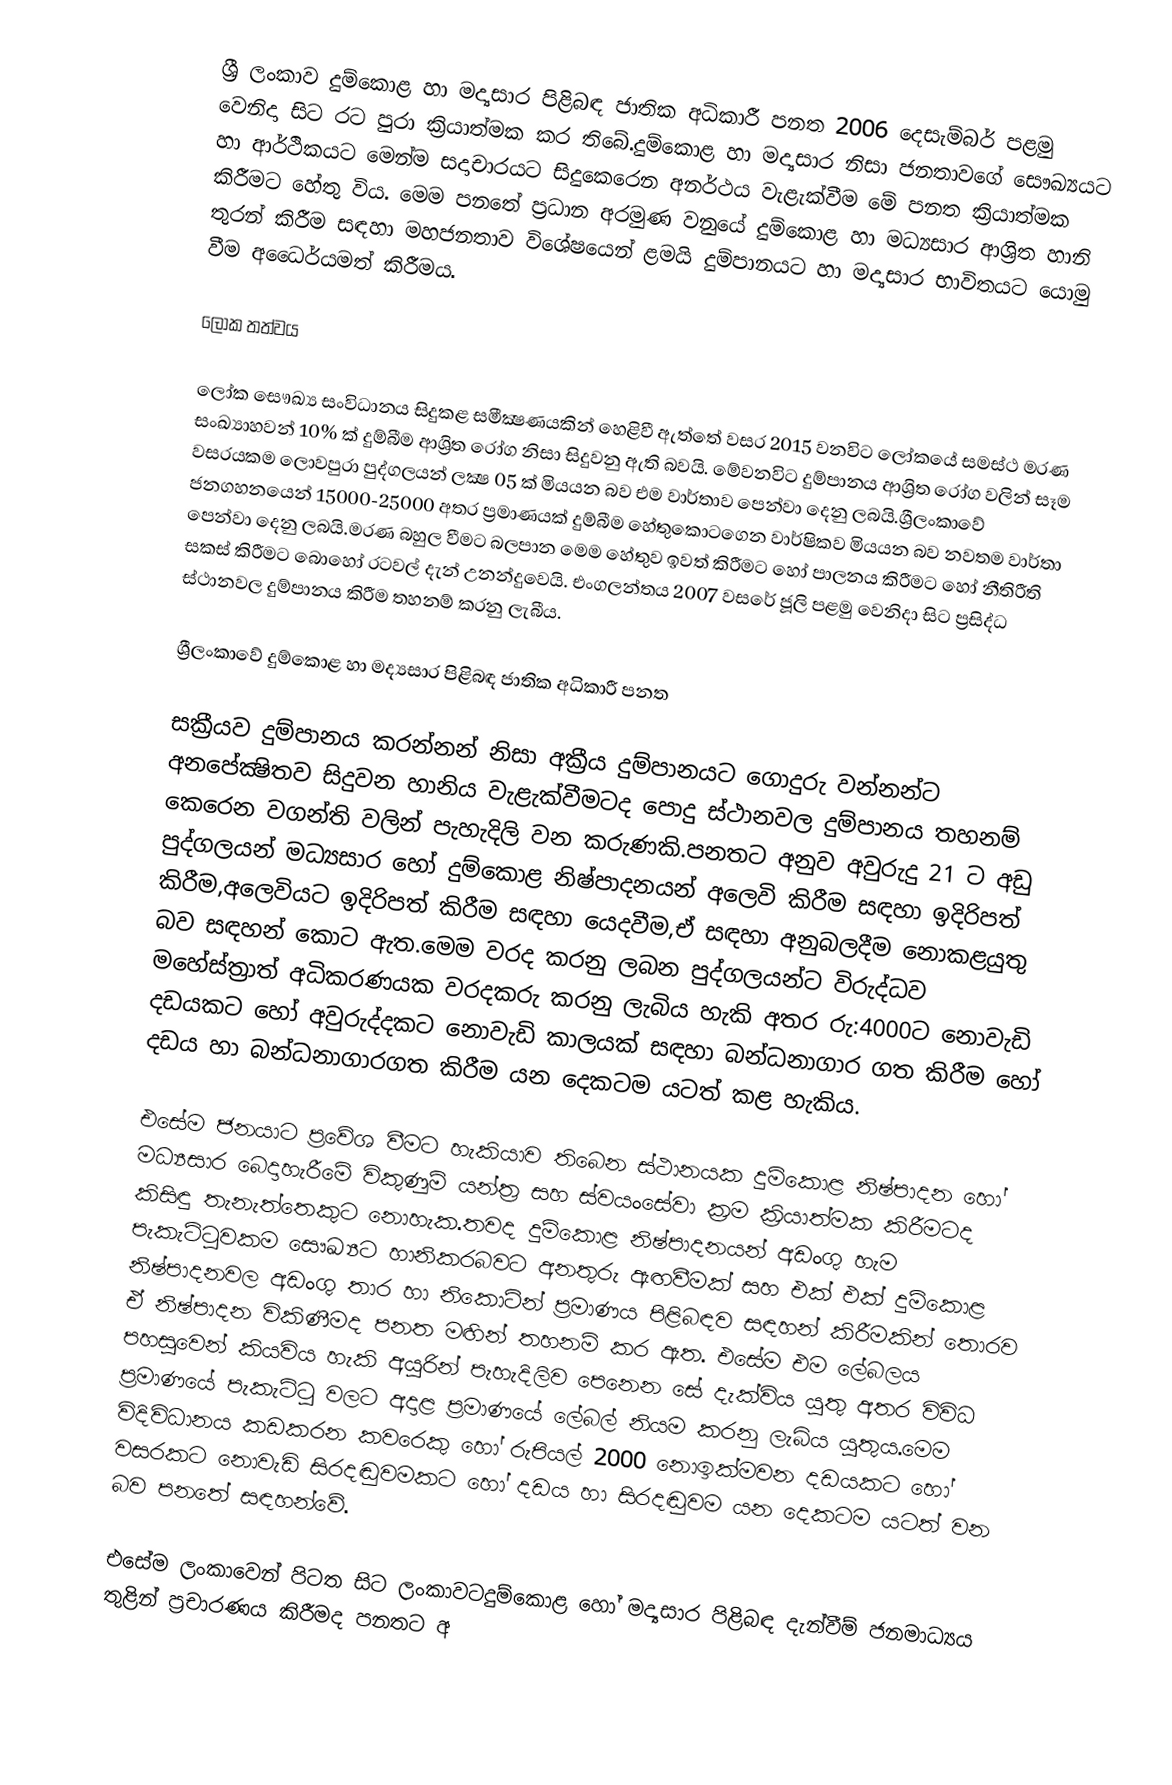
ශ්‍රී ලංකාව දුම්කොළ හා මද්‍යසාර පිළිබඳ ජාතික අධිකාරී පනත 2006 දෙසැම්බර් පළමු වෙනිදා සිට රට පුරා ක්‍රියාත්මක කර තිබේ.දුම්කොළ හා මද්‍යසාර නිසා ජනතාවගේ සෞඛ්‍යයට හා ආර්ථිකයට මෙන්ම සදාචාරයට සිදුකෙරෙන අනර්ථය වැළැක්වීම මේ පනත ක්‍රියාත්මක කිරීම‍ට හේතු විය. මෙම පනතේ ප්‍රධාන අරමුණ වනුයේ දුම්කොළ හා මධ්‍යසාර ආශ්‍රිත හානි තුරන් කිරීම සඳහා මහජනතාව විශේෂයෙන් ළමයි දුම්පානයට හා මද්‍යසාර භාවිතයට යොමු වීම අධෛර්යමත් කිරීමය.

ලෝක තත්වය

ලෝක සෞඛ්‍ය සංවිධානය සිදුකළ සමීක්‍ෂණයකින් හෙළිවී  ඇත්තේ  වසර 2015  වනවිට ලෝකයේ සමස්ථ මරණ සංඛ්‍යාහවන් 10% ක් දුම්බීම ආශ්‍රිත රෝග නිසා සිදුවනු ඇති බවයි. මේවනවිට දුම්පානය ආශ්‍රිත රෝග වලින් සෑම වසරයකම ලොවපුරා පුද්ගලයන් ලක්‍ෂ 05 ක් මියයන බව එම වාර්තාව පෙන්වා දෙනු ලබයි.ශ්‍රීලංකාවේ ජනගහනයෙන් 15000-25000 අතර ප්‍රමාණයක් දුම්බීම හේතුකොටගෙන වාර්ෂිකව මියයන බව නවතම වාර්තා පෙන්වා දෙනු ලබයි.මරණ බහුල වීමට බලපාන මෙම හේතුව ඉවත් කිරීමට හෝ පාලනය කිරීමට හෝ නීතිරීති සකස් කිරීමට බොහෝ රටවල් දැන් උනන්දුවෙයි. එංගලන්තය 2007 වසරේ ජූලි පළමු වෙනිදා සිට ප්‍රසිද්ධ ස්ථානවල දුම්පානය කිරීම තහනම් කරනු ලැබීය.

ශ්‍රීලංකාවේ දුම්කොළ හා මද්‍යසාර පිළිබඳ ජාතික අධිකාරී පනත

සක්‍රීයව දුම්පානය කරන්නන් නිසා අක්‍රීය දුම්පානයට ගොදුරු වන්නන්‍ට අනපේක්‍ෂිතව සිදුවන හානිය වැළැක්වීමටද පොදු ස්ථානවල දුම්පානය තහනම් කෙරෙන වගන්ති වලින් පැහැදිලි වන කරුණකි.පනතට අනුව අවුරුදු 21 ට අඩු  පුද්ගලයන් මධ්‍යසාර හෝ දුම්කොළ නිෂ්පාදනයන් අලෙවි කිරීම සඳහා ඉදිරිපත් කිරීම,අලෙවියට ඉදිරිපත් කිරීම සඳහා යෙදවීම,ඒ සඳහා අනුබලදීම නොකළයුතු බව සඳහන් කොට ඇත.මෙම වරද කරනු ලබන පුද්ගලයන්ට විරුද්ධව මහේස්ත්‍රාත් අධිකරණයක වරදකරු කරනු ලැබිය හැකි අතර රු:4000ට නොවැඩි දඩයකට හෝ අවුරුද්දකට නොවැඩි කාලයක් සඳහා බන්ධනාගාර ගත කිරීම හෝ දඩය හා බන්ධනාගාරගත කිරීම යන දෙකටම යටත් කළ හැකිය.

එසේම ජනයාට ප්‍රවේශ වීමට හැකියාව තිබෙන ස්ථානයක දුම්කොළ නිෂ්පාදන හෝ මධ්‍යසාර බෙදාහැරීමේ විකුණුම් යන්ත්‍ර සහ ස්වයංසේවා ක්‍රම ක්‍රියාත්මක කිරීමටද කිසිඳු තැනැත්තෙකුට නොහැක.තවද දුම්කොළ නිෂ්පාදනයන් අඩංගු හැම පැකැට්ටුවකම සෞඛ්‍යට හානිකරබවට අනතුරු ඇඟවීමක් සහ එක් එක් දුම්කොළ නිෂ්පාදනවල අඩංගු තාර හා නිකොටින් ප්‍රමාණය පිළිබඳව සඳහන් කිරීමකින් තොරව  ඒ නිෂ්පාදන විකිණීමද පනත මඟින් තහනම් කර ඇත. එසේම එම ලේබලය පහසුවෙන් කියවිය හැකි අයුරින් පැහැදිලිව පෙනෙන සේ දැක්විය යුතු අතර විවිධ ප්‍රමාණයේ පැකැට්ටු වලට අදාළ ප්‍රමාණයේ ලේබල් නියම කරනු ලැබිය යුතුය.මෙම විදිවිධානය කඩකරන කවරෙකු හෝ රුපියල් 2000 නොඉක්මවන දඩයකට හෝ වසරකට නොවැඩි සිරදඬුවමකට හෝ දඩය හා සිරදඬුවම යන දෙකටම යටත් වන බව පනතේ සඳහන්වේ.

එසේම ලංකාවෙන් පිටත සිට ලංකාවටදුම්කොළ හෝ මද්‍යසාර පිළිබඳ දැන්වීම් ජනමාධ්‍යය තුළින් ප්‍රචාරණය කිරීමද පනතට අ